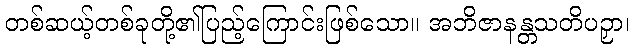
တစ်ဆယ့်တစ်ခုတို့၏ပြည့်ကြောင်းဖြစ်သော။ အဘိဇာနန္တသတိပဉှာ၊